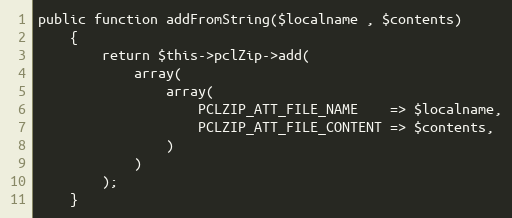
Language: PHP
public function addFromString($localname , $contents)
    {
        return $this->pclZip->add(
            array(
                array(
                    PCLZIP_ATT_FILE_NAME    => $localname,
                    PCLZIP_ATT_FILE_CONTENT => $contents,
                )
            )
        );
    }